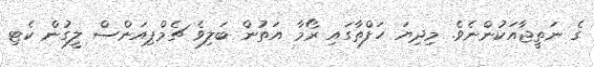
ގެ ނަތީޖާއަކުންނެވެ. މިދިޔަ ހަފްތާގައި ރޯމާ އަތުން ބަލިވެ ޗެމްޕިއަންސް ލީގުން ކެޓި